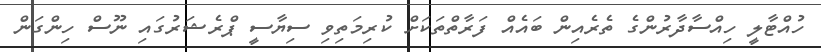
ހުއްޓާލީ ހިއްސާދާރުންގެ ތެރެއިން ބައެއް ފަރާތްތަކަށް ކުރިމަތިވި ސިޔާސީ ޕްރެޝަރުގައި ނޫސް ހިންގަން